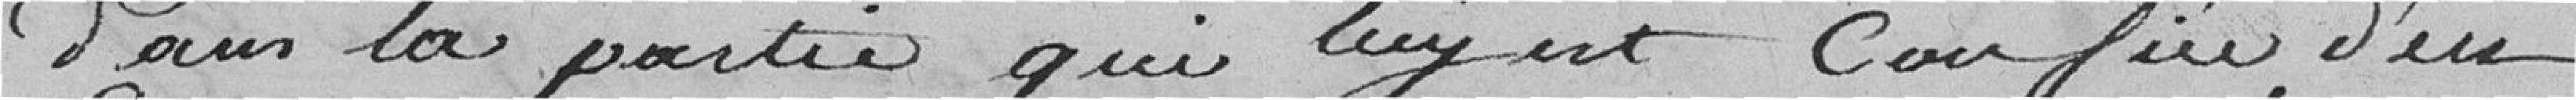
dans la partie qui luy est confiée d'en